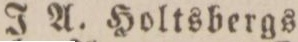
J. A. Holtsbergs